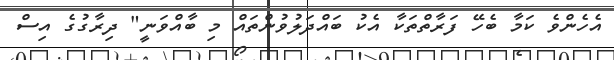
އެހެންވެ ކަމާ ބެހޭ ފަރާތްތަކާ އެކު ބައްދަލުވުންތައް މި ބާއްވަނީ" ދިރާގުގެ އިސް